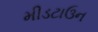
મીડટાઉન